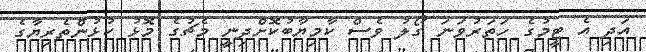
އަދި އެ ޓީމުގެ ހަތަރުވަނަ ގޯލު ވެސް ކާމިޔާބުކޮށްދިނީ މެޗުގެ މޮޅު ކުޅުންތެރިޔާގެ